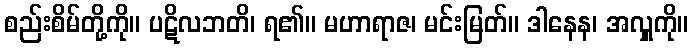
စည်းစိမ်တို့ကို။ ပဋိလဘတိ၊ ရ၏။ မဟာရာဇ၊ မင်းမြတ်။ ဒါနေန၊ အလှူကို။